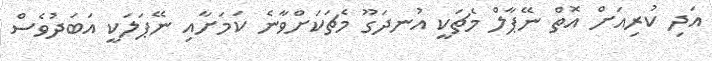
އަދި ކުރިއަށް އޮތް ނޭޕާލް މެޗަކީ އުނދަގޫ މެޗަކަށްވާނެ ކަމަށާއި ނޭޕަލަކީ އަބަދުވެސް